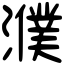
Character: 濮